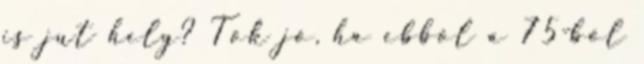
is jut hely? Tök jó, ha ebből a 75-ből